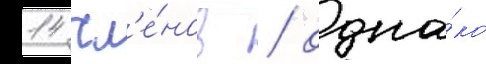
14 чл'е́нов / одна́ко